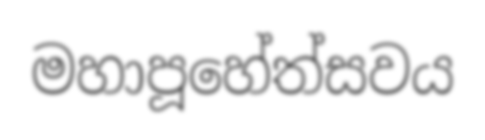
මහාපූහේත්සවය